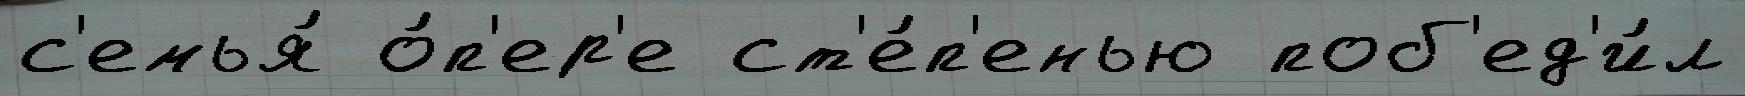
с'емья́ о́п'ер'е ст'е́п'енью поб'ед'и́л